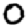
Digit: 0